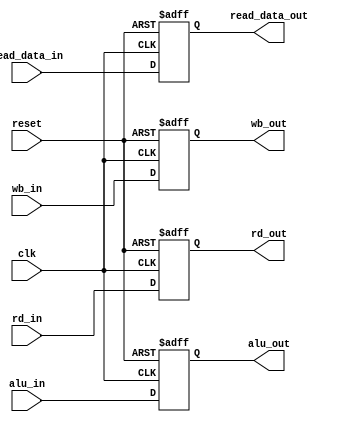
module MEM_WB
(
  input [4:0]rd_in,
  input [63:0]alu_in,
  input [63:0]read_data_in,
  input [1:0]wb_in,

  input clk,
  input reset,
  
  output reg [4:0]rd_out,
  output reg  [63:0]alu_out,
  output reg  [63:0]read_data_out,
  output reg  [1:0]wb_out
);

always@(posedge clk, posedge reset)
begin
  if (reset)
    begin
    rd_out = 0;
  alu_out = 0;
  read_data_out = 0;
  wb_out = 0;
    end
  else
    begin
  rd_out = rd_in;
  alu_out = alu_in;
  read_data_out = read_data_in;
  wb_out = wb_in;
end
end

endmodule